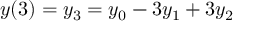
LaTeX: y ( 3 ) = y _ { 3 } = y _ { 0 } - 3 y _ { 1 } + 3 y _ { 2 }